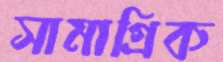
সামাগ্রিক